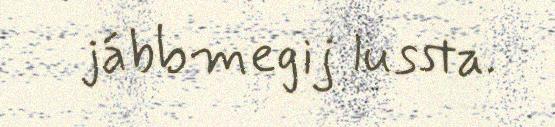
jábbmegij lussta.